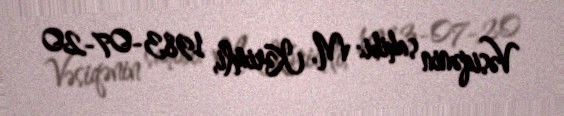
Vəsiqənin sahibi: M. Kərimli, 1983-07-20